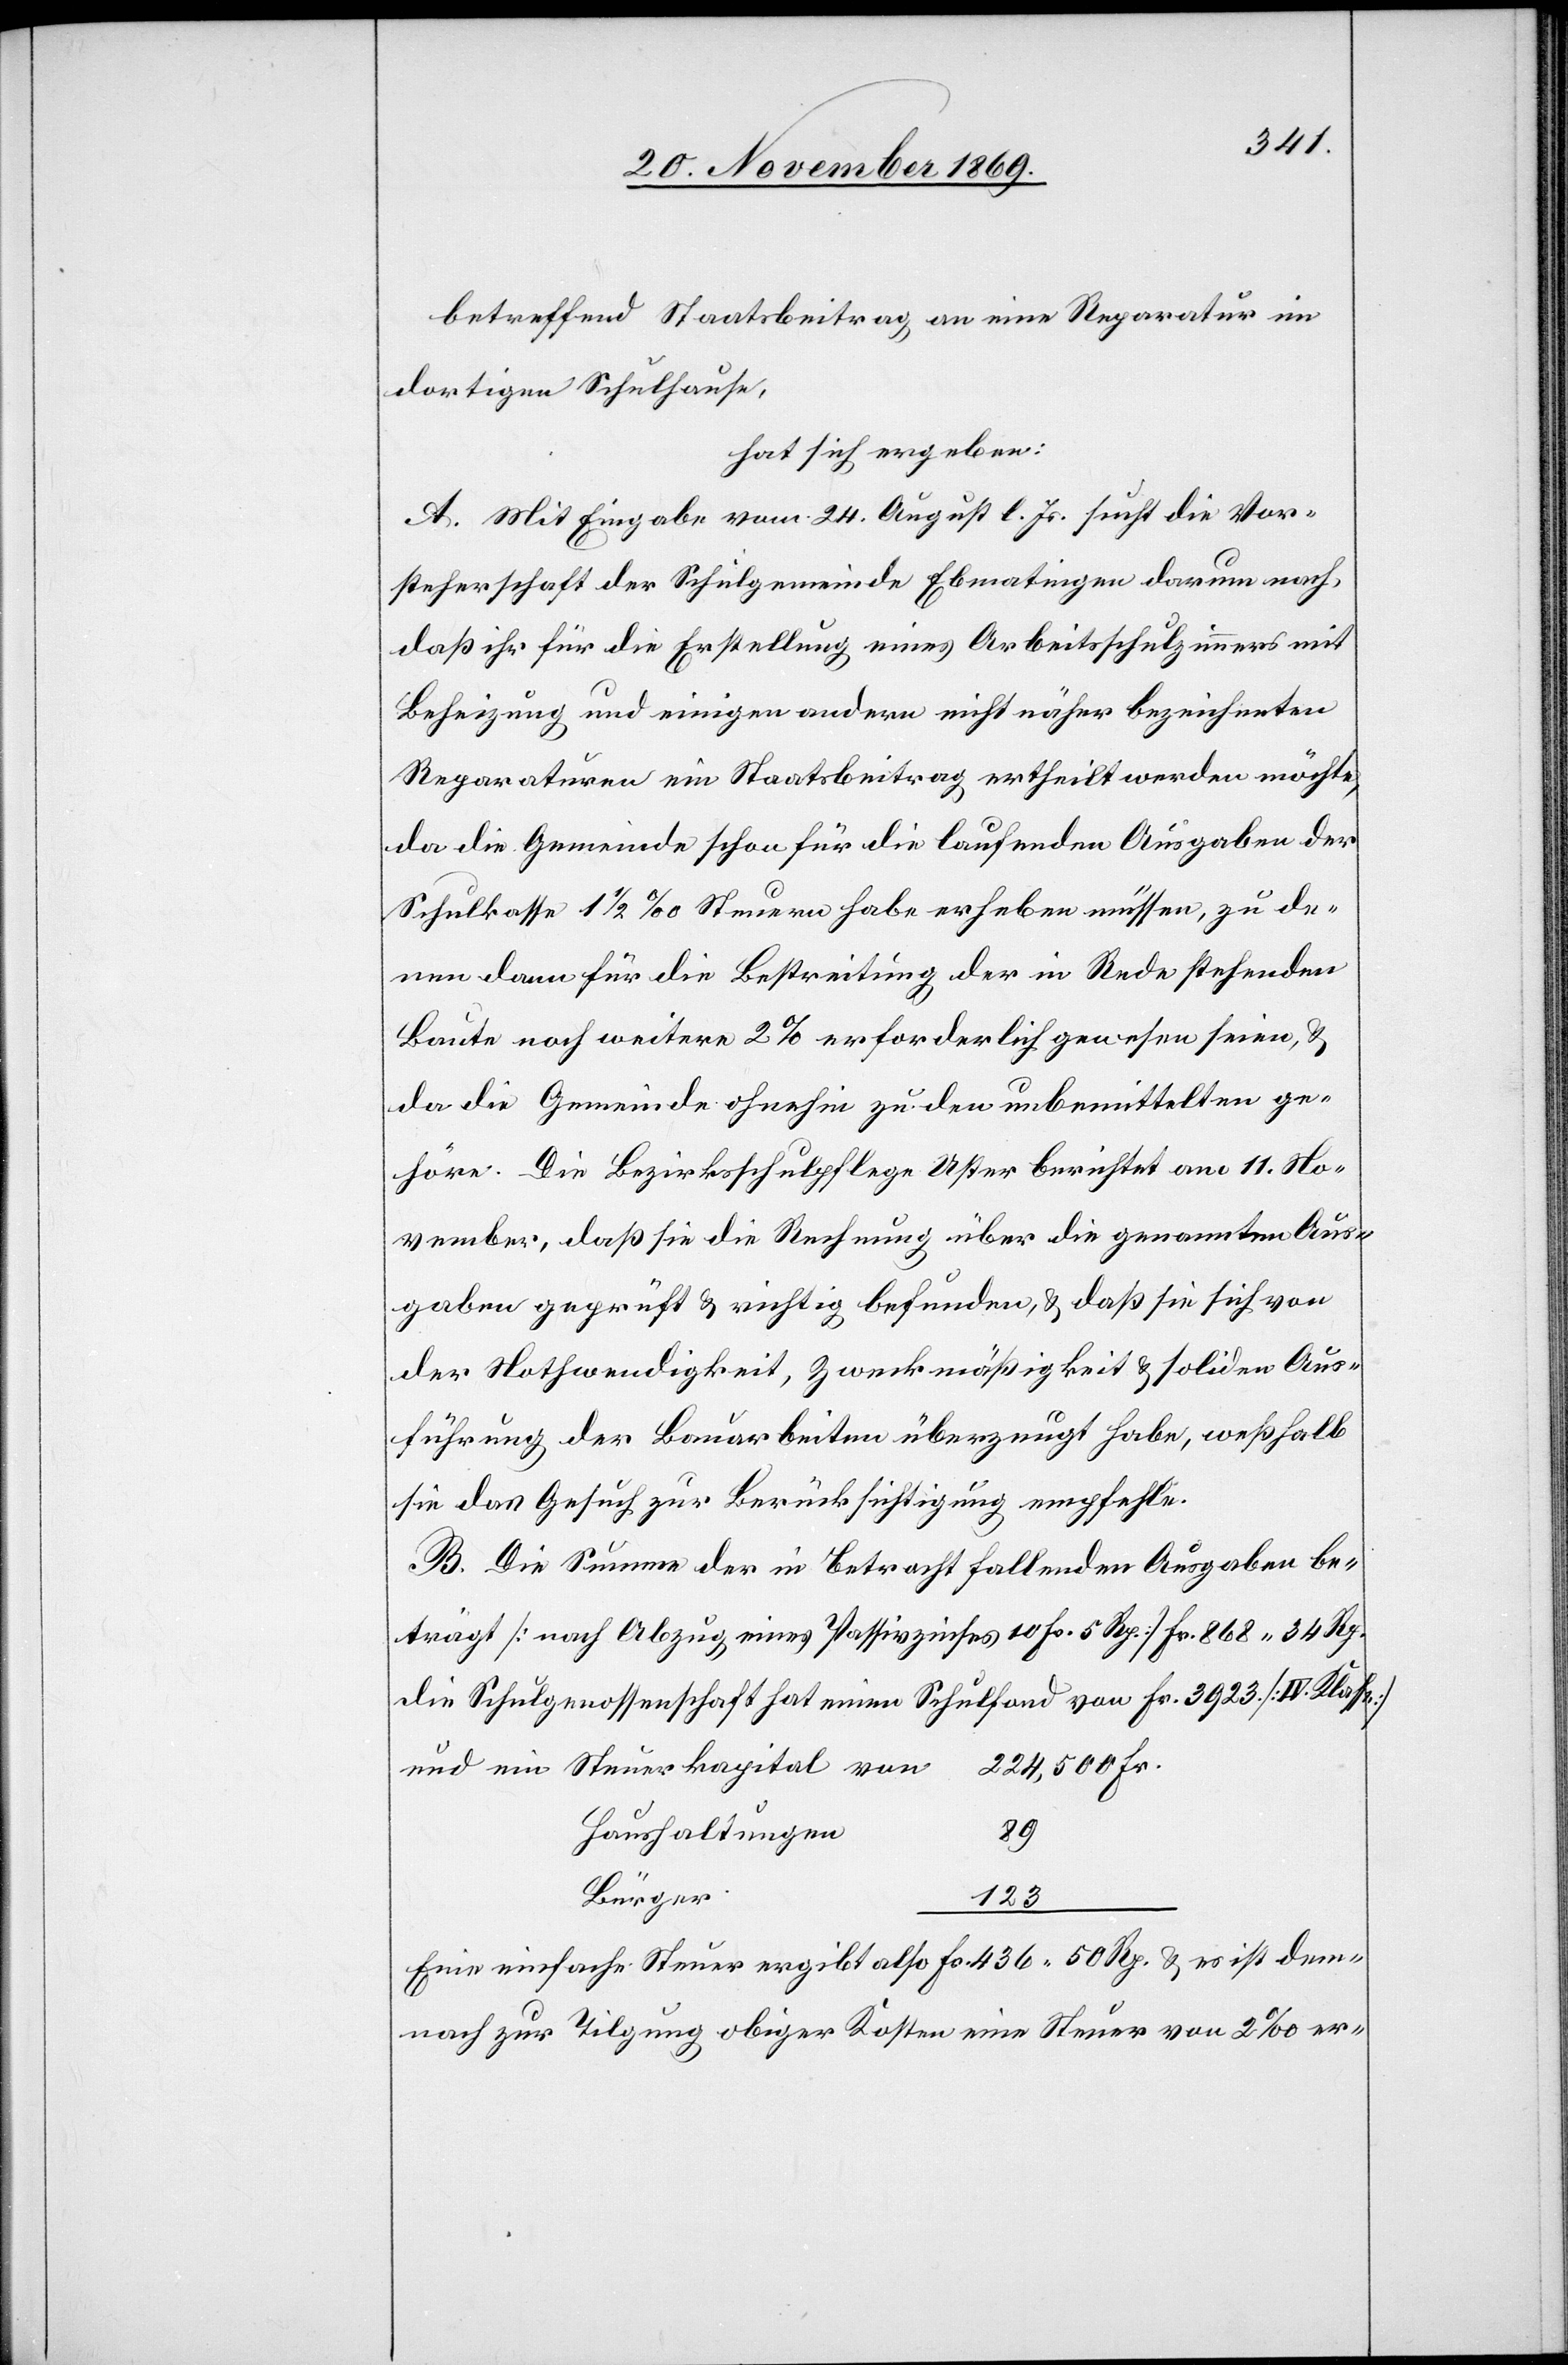
betreffend Staatsbeitrag an eine Reparatur im
dortigen Schulhause,
hat sich ergeben:
A. Mit Eingabe vom 24. August l. Js. sucht die Vor¬
steherschaft der Schulgemeinde Ebmatingen darum nach,
daß ihr für die Erstellung eines Arbeitsschulzimmers mit
Beheizung und einigen andern nicht näher bezeichneten
Reparaturen ein Staatsbeitrag ertheilt werden möchte,
da die Gemeinde schon für die laufenden Ausgaben der
Schulkasse 1 1/2 ‰ Steuern habe erheben müssen, zu de¬
nen dann für die Bestreitung der in Rede stehenden
Baute noch weitere 2% erforderlich gewesen seien, &
da die Gemeinde ohnehin zu den unbemittelten ge¬
höre. Die Bezirksschulpflege Uster berichtet am 11. No¬
vember, daß sie die Rechnung über die genannten Aus¬
gaben geprüft & richtig befunden, & daß sie sich von
der Nothwendigkeit, Zweckmäßigkeit & soliden Aus¬
führung der Bauarbeiten überzeugt habe, weßhalb
sie das Gesuch zur Berücksichtigung empfehle.
B. Die Summe der in Betracht fallenden Ausgaben be¬
trägt [nach Abzug eines Passivzinses 10 Fr. 5 Rp.] Fr. 868 34 Rp.
die Schulgenossenschaft hat einen Schulfond von Fr. 3923. [IV. Klasse]
224,500 Fr.
und ein Steuerkapital von
89
Haushaltungen
Bürger
123
Eine einfache Steuer ergibt also Fr. 436 50 Rp. & es ist dem¬
nach zur Tilgung obiger Kosten eine Steuer von 2‰ er-